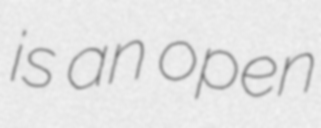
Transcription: is an open